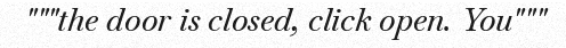
"""the door is closed, click open. You"""